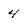
Character: 4